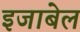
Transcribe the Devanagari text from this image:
इजाबेल